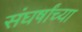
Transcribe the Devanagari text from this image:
संघर्षांच्या